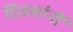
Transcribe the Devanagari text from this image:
दिवसांनीं